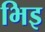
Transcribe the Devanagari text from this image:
भिइ